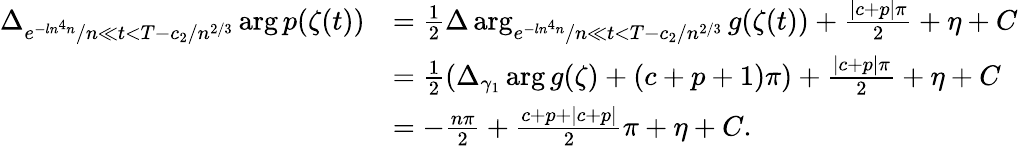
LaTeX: \begin{array}{rl}{\Delta_{e^{-ln^{4}n}/n\ll t<T-c_{2}/n^{2/3}}\arg p(\zeta(t))}&{=\frac{1}{2}\Delta\arg_{e^{-ln^{4}n}/n\ll t<T-c_{2}/n^{2/3}}g(\zeta(t))+\frac{|c+p|\pi}{2}+\eta+C}\\ &{=\frac{1}{2}\left(\Delta_{\gamma_{1}}\arg g(\zeta)+(c+p+1)\pi\right)+\frac{|c+p|\pi}{2}+\eta+C}\\ &{=-\frac{n\pi}{2}+\frac{c+p+|c+p|}{2}\pi+\eta+C.}\end{array}